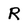
Character: R